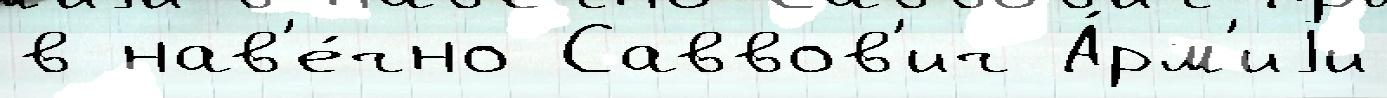
в нав'е́чно Саввов'ич А́рм'иjи